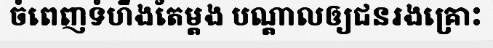
ចំពេញទំហឹងតែម្តង បណ្តាលឲ្យជនរងគ្រោះ